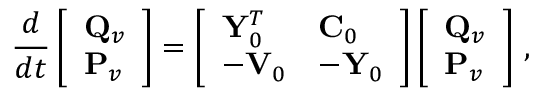
\frac { d } { d t } \left[ \begin{array} { l } { { \bf Q } _ { v } } \\ { { \bf P } _ { v } } \end{array} \right] = \left[ \begin{array} { l l } { { \bf Y } _ { 0 } ^ { T } } & { { \bf C } _ { 0 } } \\ { - { \bf V } _ { 0 } } & { - { \bf Y } _ { 0 } } \end{array} \right] \left[ \begin{array} { l } { { \bf Q } _ { v } } \\ { { \bf P } _ { v } } \end{array} \right] \, ,